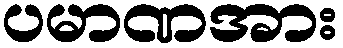
ပမာဏအား